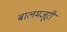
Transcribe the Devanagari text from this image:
बालमजूरी